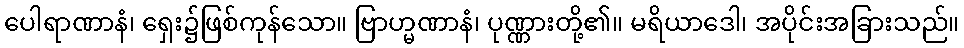
ပေါရာဏာနံ၊ ရှေး၌ဖြစ်ကုန်သော။ ဗြာဟ္မဏာနံ၊ ပုဏ္ဏားတို့၏။ မရိယာဒေါ၊ အပိုင်းအခြားသည်။